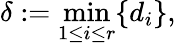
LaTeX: \delta:=\operatorname*{min}_{1\leq i\leq r}\{ d_{i}\} ,